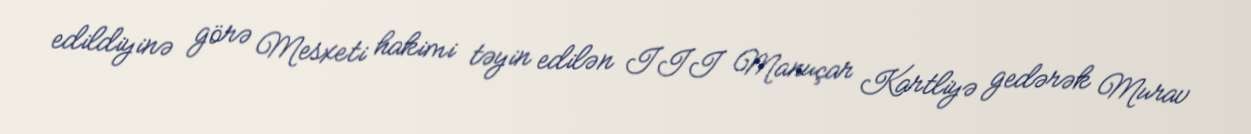
edildiyinə görə Mesxeti hakimi təyin edilən III Manuçar Kartliyə gedərək Murav